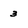
Character: 3